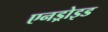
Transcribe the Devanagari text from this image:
एनड्रोइड